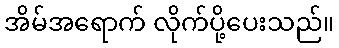
အိမ်အရောက် လိုက်ပို့ပေးသည်။